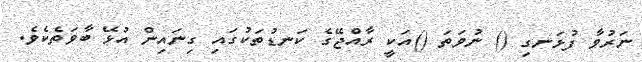
ނަރުވާ ފުޅަނގި () ނުވަތަ ()އަކީ ރާއްޖޭގެ ކަނޑުތަކުގައި ގިނައިން އުޅޭ ބާވަތެކެވެ.